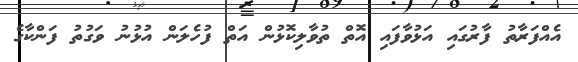
އެއްފަރާތު ފާރުގައި އަޅުވާފައި އޮތް ތުވާލިކޮޅުން އަތް ފުހެލަން އުޅުނު ވަގުތު ފަންކާގެ